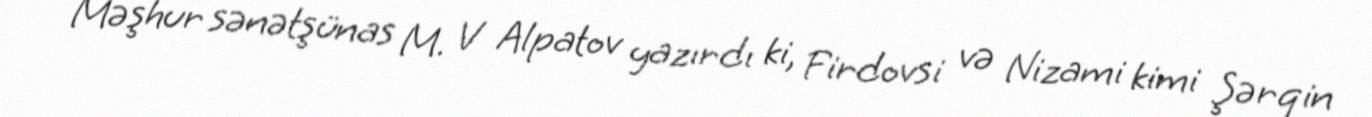
Məşhur sənətşünas M. V Alpatov yazırdı ki, Firdovsi və Nizami kimi Şərqin